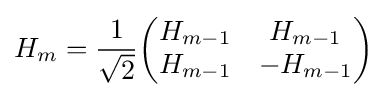
H_{m}={\frac {1}{\sqrt {2}}}{\begin{pmatrix}H_{m-1}&H_{m-1}\\H_{m-1}&-H_{m-1}\end{pmatrix}}